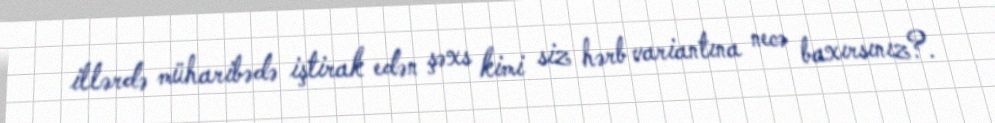
illərdə müharibədə iştirak edən şəxs kimi siz hərb variantına necə baxırsınız?.